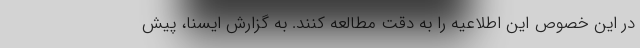
در این خصوص این اطلاعیه را به دقت مطالعه کنند. به گزارش ایسنا، پیش